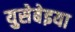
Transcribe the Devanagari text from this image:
युसेबेइया